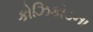
કોઝિકોડના